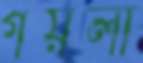
গয়লা